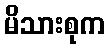
မိသားစုက